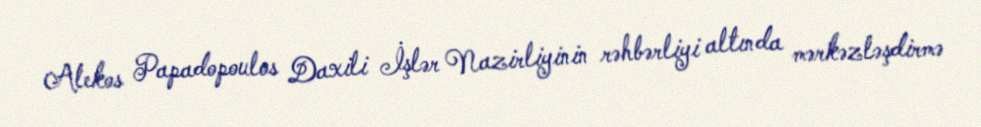
Alekos Papadopoulos Daxili İşlər Nazirliyinin rəhbərliyi altında mərkəzləşdirmə